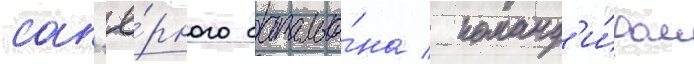
сап'ё́рного батальо́на / команд'и́ром